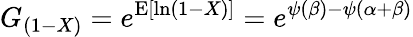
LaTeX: G_{(1-X)}=e^{\operatorname{E}[\ln(1-X)]}=e^{\psi(\beta)-\psi(\alpha+\beta)}